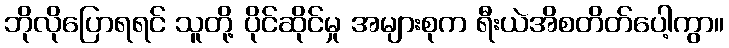
ဘိုလိုပြောရရင် သူတို့ ပိုင်ဆိုင်မှု အများစုက ရီးယဲအိစတိတ်ပေါ့ကွာ။